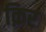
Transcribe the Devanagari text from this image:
क़िर